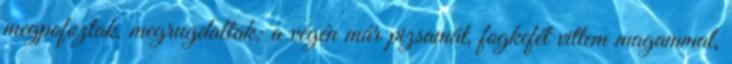
megpofoztak, megrugdaltak: a végén már pizsamát, fogkefét vittem magammal,